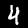
Label: 4